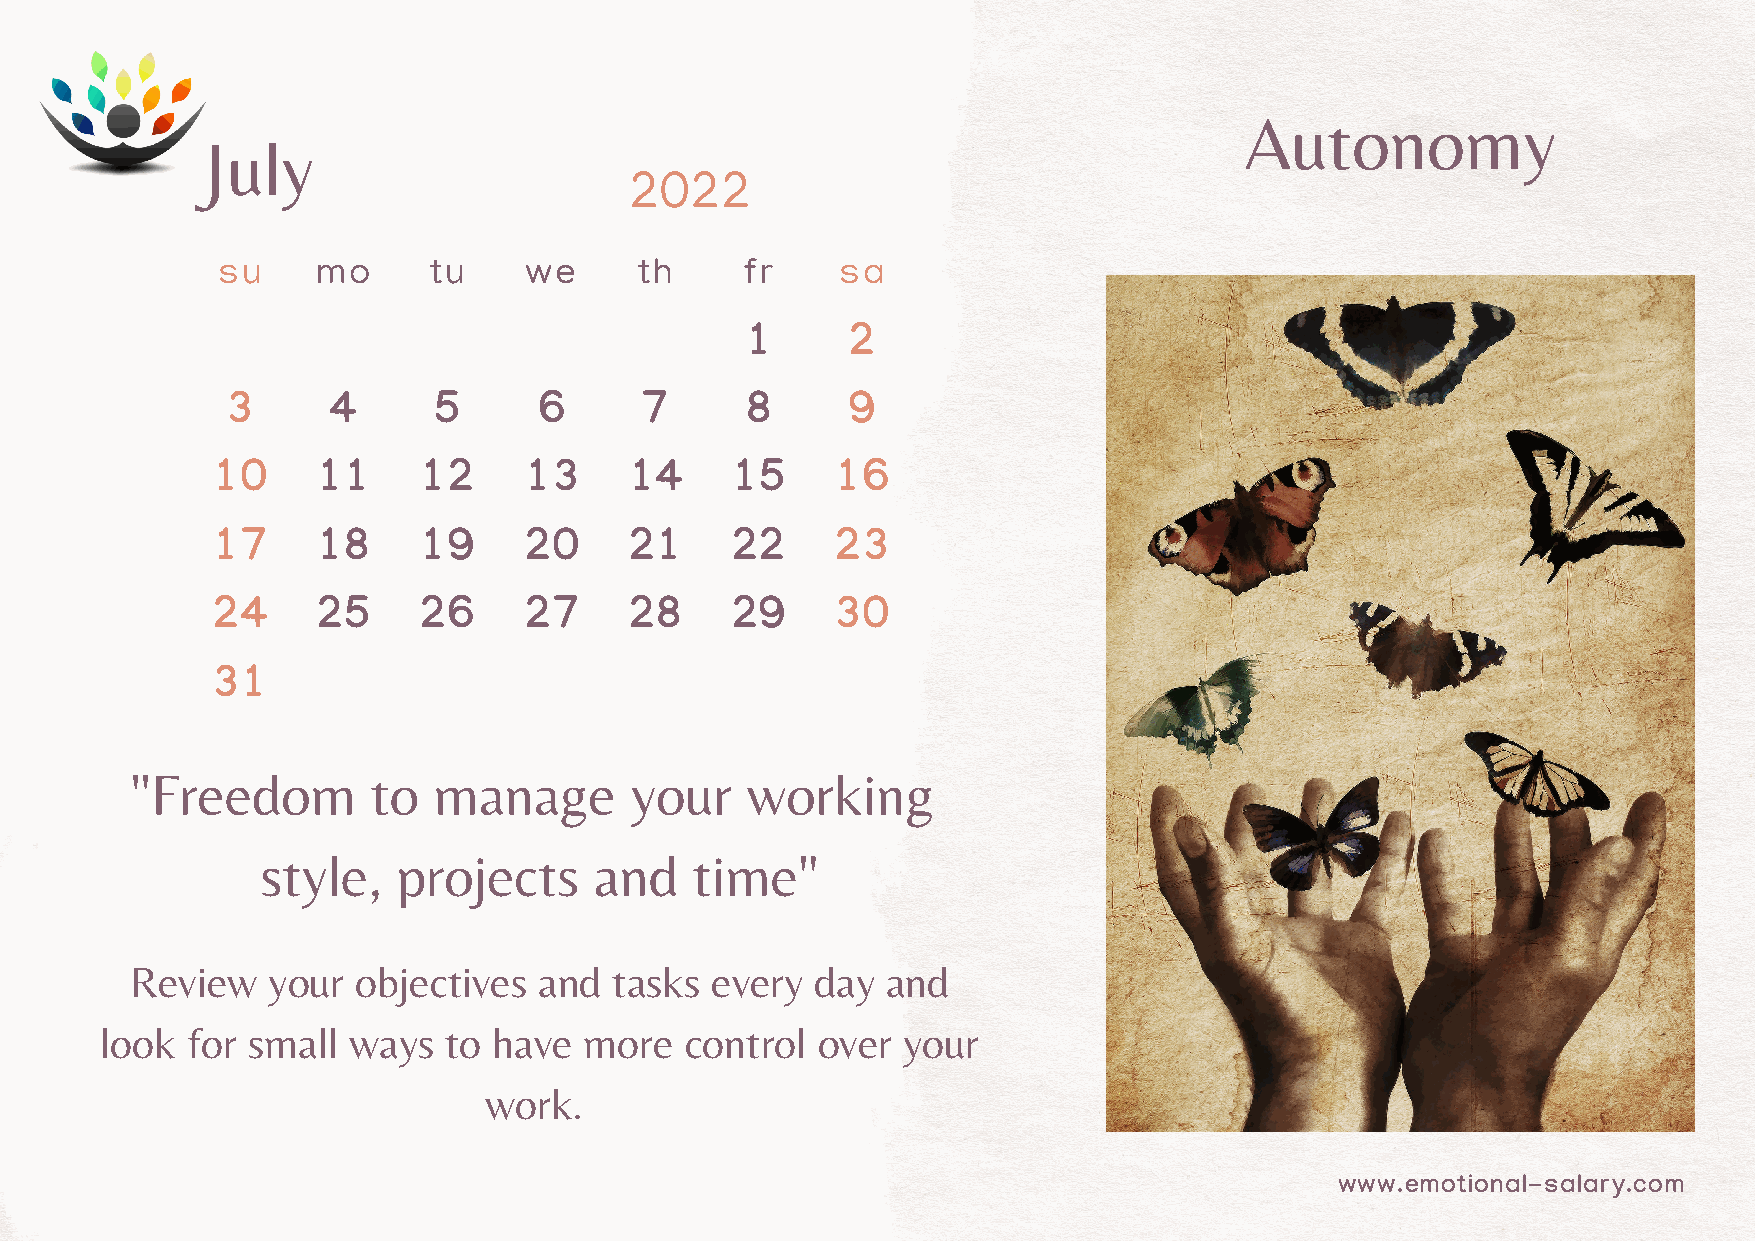
Autonomy
 July
 2022
 su     mo     tu     we     th     fr     sa
 1      2
 3      4      5      6     7      8      9
 10     11     12     13     14    15     16
 17     18     19     20     21    22     23
 24     25     26     27     28    29     30
 31
 "Freedom        to  manage       your   working
 style,   projects     and    time"
 Review   your  objectives  and  tasks every  day  and
 look for small  ways  to  have  more  control  over  your
 work.
 www.emotional-salary.com